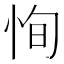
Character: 恂